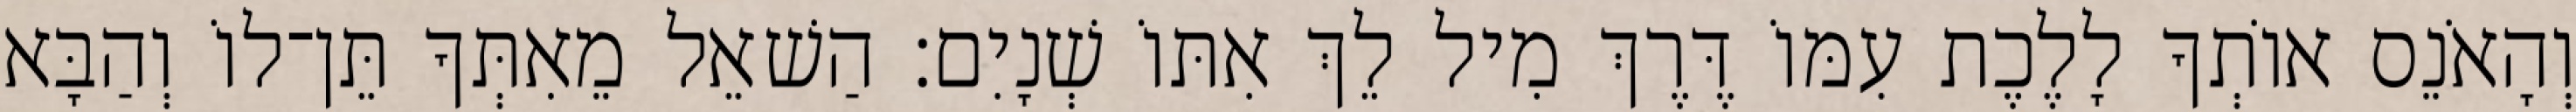
וְהָאֹנֵס אוֹתְךָ לָלֶכֶת עִמּוֹ דֶּרֶךְ מִיל לֵךְ אִתּוֹ שְׁנָיִם׃ הַשׁאֵל מֵאִתְּךָ תֵּן־לוֹ וְהַבָּא